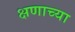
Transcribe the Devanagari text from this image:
क्षणाच्या